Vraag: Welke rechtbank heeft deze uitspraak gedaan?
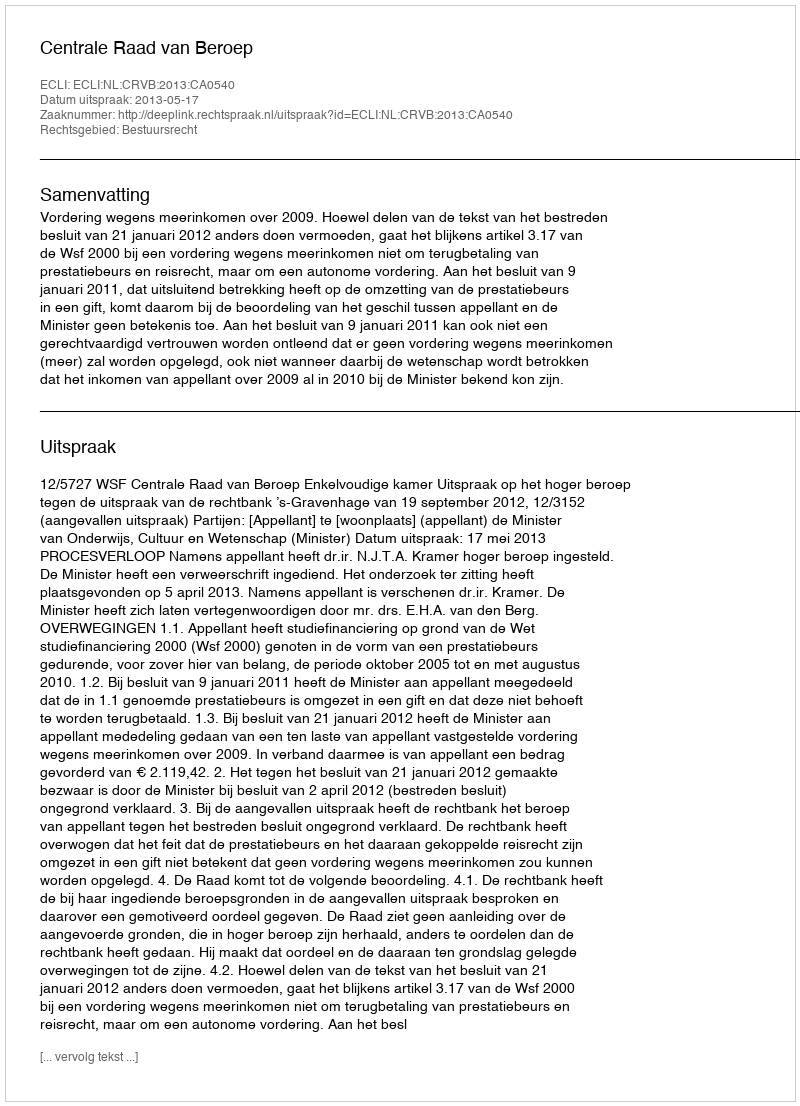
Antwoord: Centrale Raad van Beroep